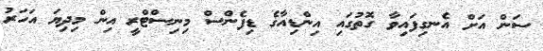
ސަން އަށް އެނގިފައިވާ ގޮތުގައި އިންޑިއާގެ ޑިފެންސް މިނިސްޓްރީ އިން މިދިޔަ އަހަރު